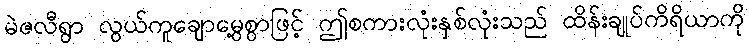
မဲဇလီရွာ လွယ်ကူချောမွေ့စွာဖြင့် ဤစကားလုံးနှစ်လုံးသည် ထိန်းချုပ်ကိရိယာကို